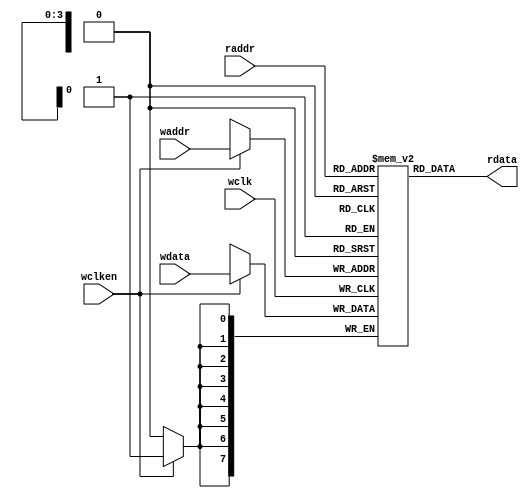
module fifomem (rdata, wdata, waddr, raddr, wclken, wclk);
 parameter DATASIZE = 8; 
 parameter ADDRSIZE = 4; 
 parameter DEPTH = 1<<ADDRSIZE;
 output [DATASIZE-1:0] rdata;
 input [DATASIZE-1:0] wdata;
 input [ADDRSIZE-1:0] waddr, raddr;
 input wclken, wclk;
 `ifdef VENDORRAM

 VENDOR_RAM MEM (.dout(rdata), .din(wdata),
 .waddr(waddr), .raddr(raddr),
 .wclken(wclken), .clk(wclk));
 `else
 reg [DATASIZE-1:0] MEM [0:DEPTH-1];
 assign rdata = MEM[raddr];
 always @(posedge wclk)
 if (wclken) MEM[waddr] <= wdata;
 `endif
endmodule